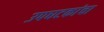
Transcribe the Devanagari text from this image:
उपघटकांचा